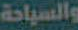
والسياحة